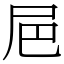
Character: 㞎